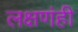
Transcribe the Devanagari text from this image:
लक्षणंही